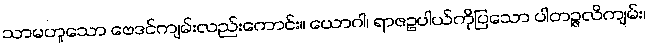
သာမဟူသော ဗေဒင်ကျမ်းလည်းကောင်း။ ယောဂါ၊ ရာဇဥပါယ်ကိုပြသော ပါတဉ္ဇလိကျမ်း၊